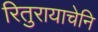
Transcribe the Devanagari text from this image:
रितुरायाचेनि